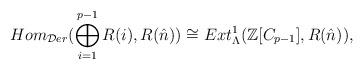
LaTeX: \begin{align*}Hom_{\mathcal{D}er}(\bigoplus_{i=1}^{p-1}R(i),R(\hat{n}))\cong Ext^1_{\Lambda}(\mathbb{Z}[C_{p-1}],R(\hat{n})),\end{align*}